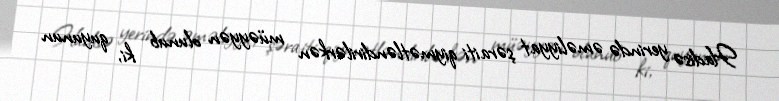
Hadisə yerində əməliyyat şəraiti qiymətləndirilərkən müəyyən olunub ki, quyunun